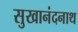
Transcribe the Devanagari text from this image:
सुखानंदनाथ